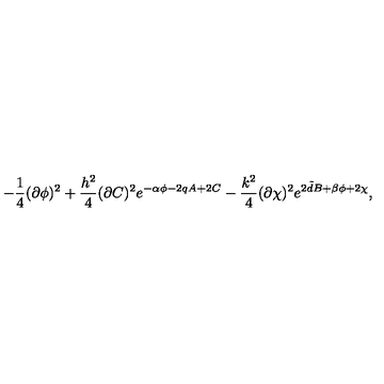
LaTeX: - \frac { 1 } { 4 } ( \partial \phi ) ^ { 2 } + \frac { h ^ { 2 } } { 4 } ( \partial C ) ^ { 2 } e ^ { - \alpha \phi - 2 q A + 2 C } - \frac { k ^ { 2 } } { 4 } ( \partial \chi ) ^ { 2 } e ^ { 2 { \tilde { d } } B + \beta \phi + 2 \chi } ,